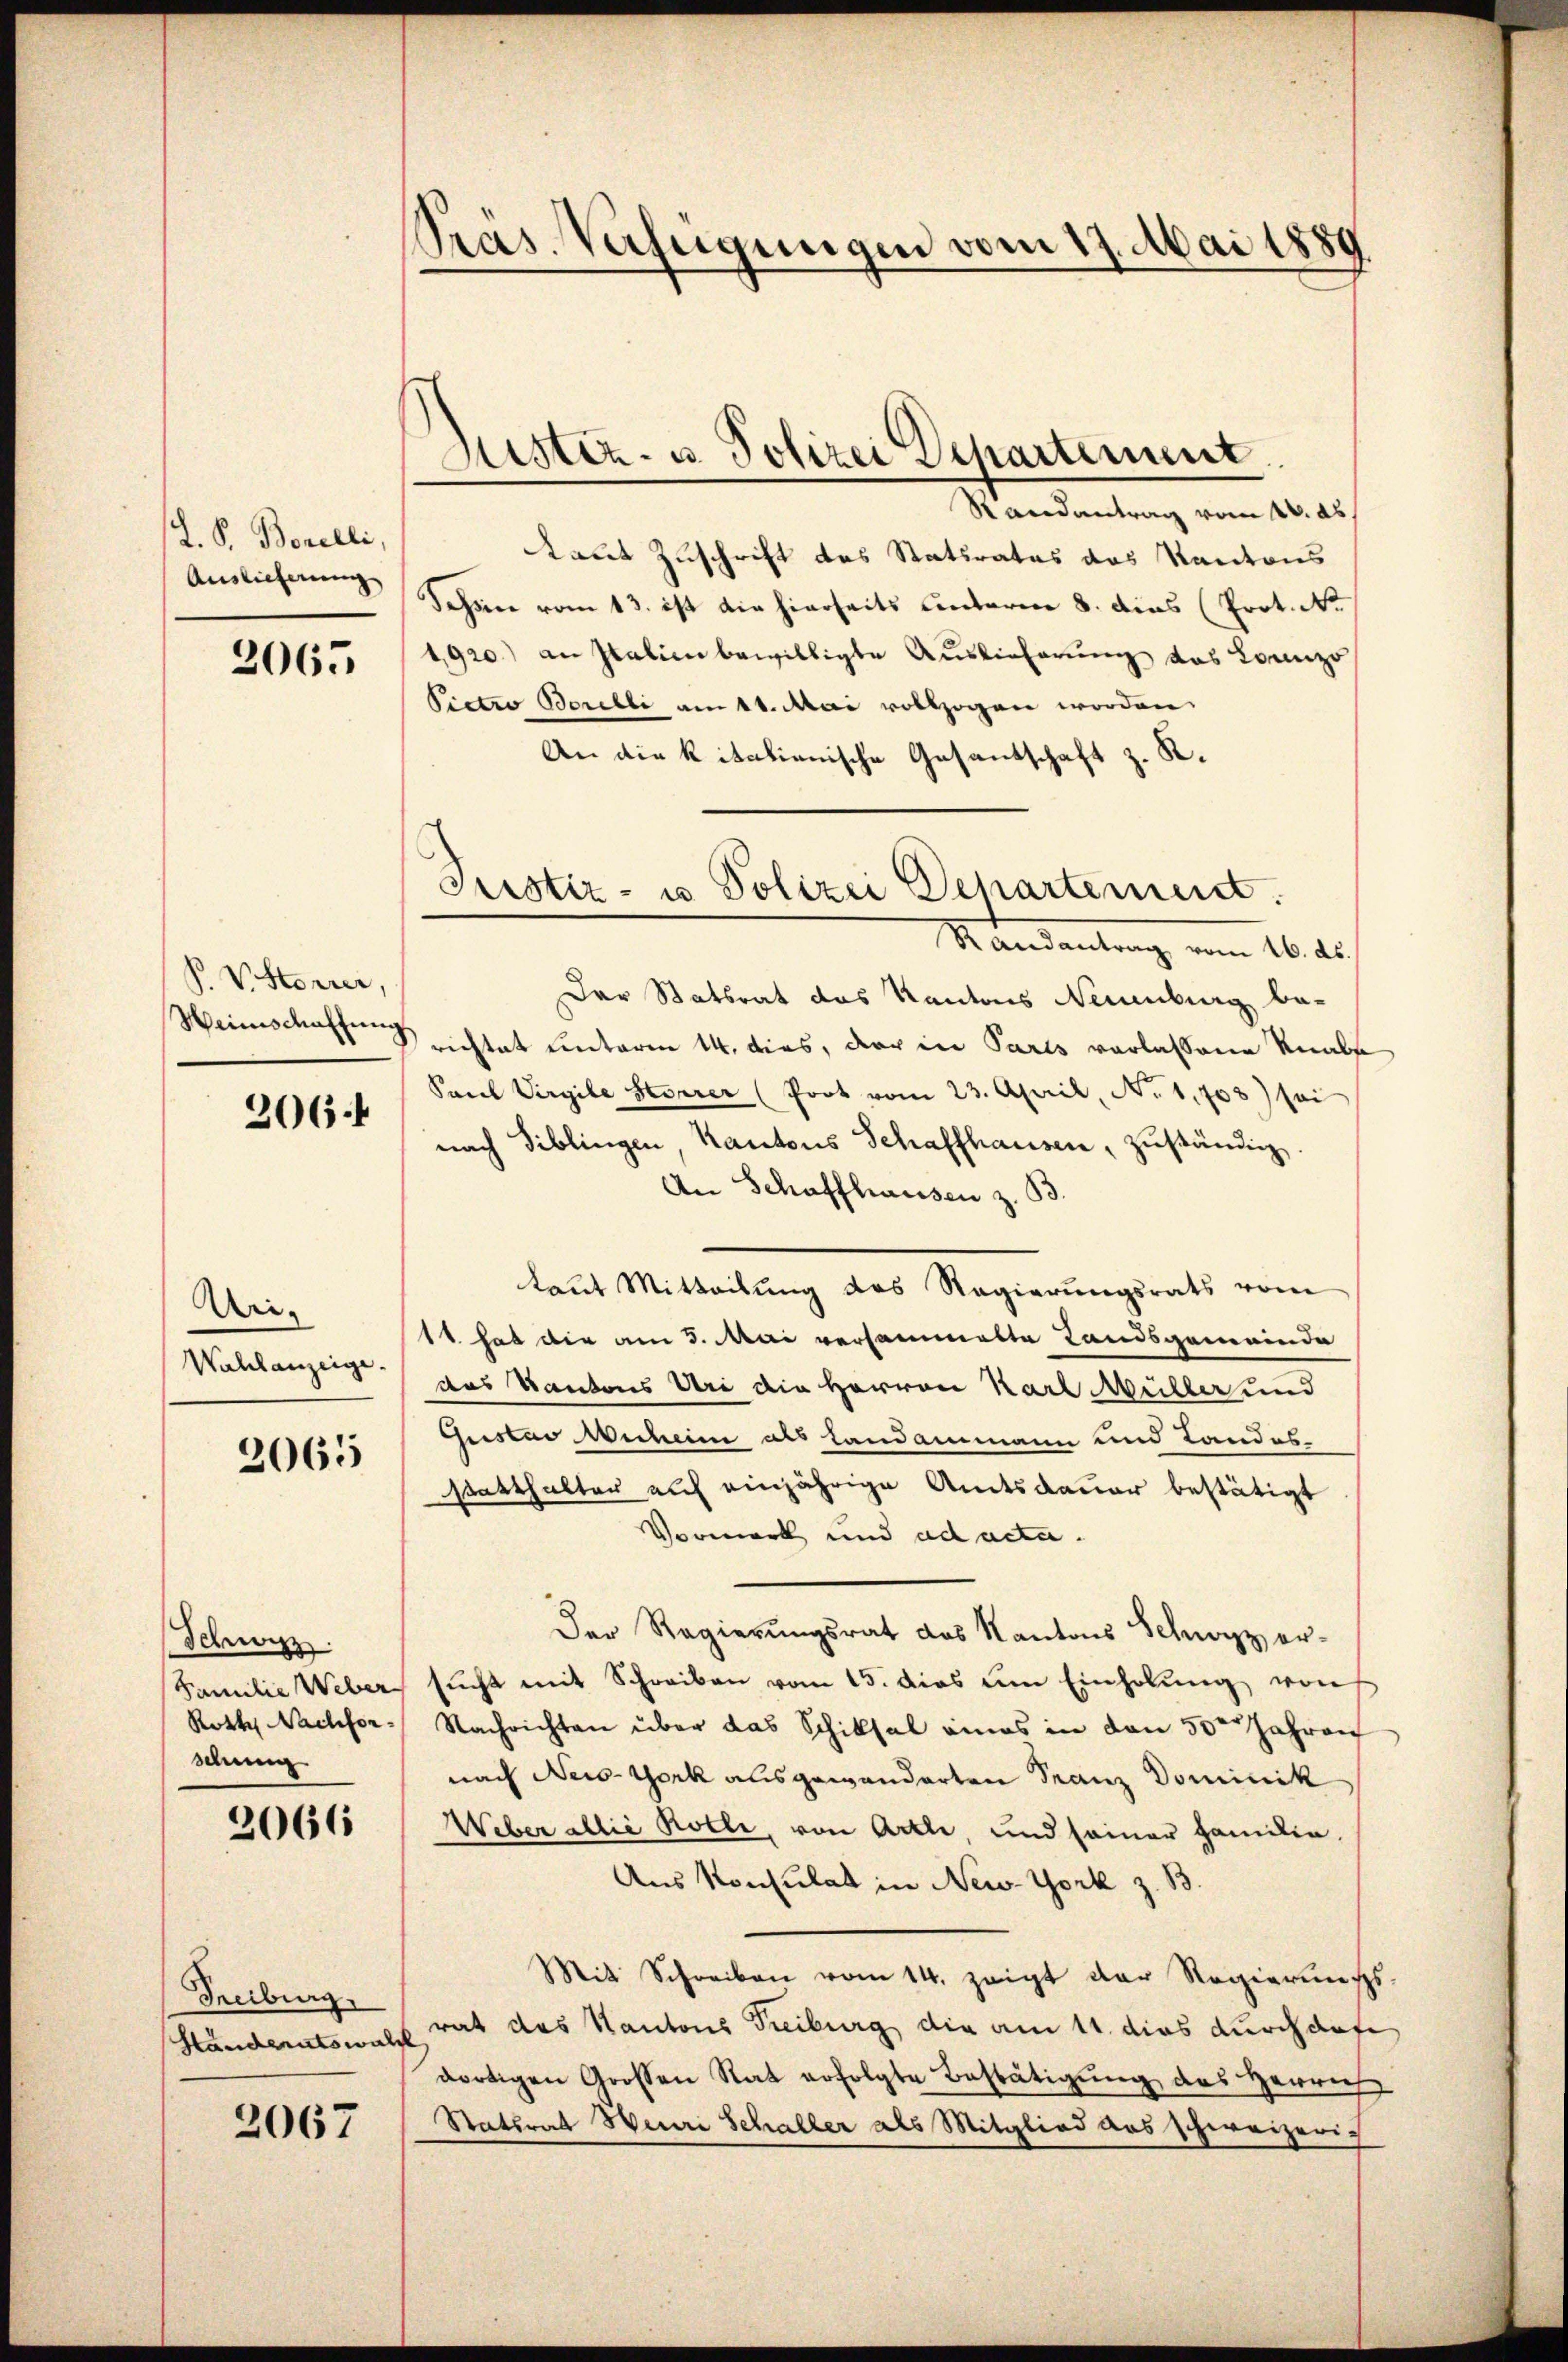
L. P. Borelli,
Auslieferung

2065

P. VHtorrer,
Weinschaffung

206

Uri- |
Wahlanzeige.

2065

Schwyz
Familie Weber
Roth Nachforschung

2066

Treiburg
Ständeratswald

2067

Präs. Verfeigungen vom 17. Mai 1889

Justiz- u. Polizei Departement.

Randantrag vom 16. ds.
Laut Zuschrift des Statirates das Kantons
Sohin vom 13. ist die hierseits unterm 8. dies (Prot. No
1920.) an Italien bewilligte Auslieferung das Lorenzo
Pietro Borelli am 11. Mai vollzogen worden.
An die kitationische Gesandschaft z. R.

Pristiz- u Polizei Departement

Randantrag vom 16. ds.
Der Statsrat das Kantons Neuenburg berichtet unterm 14. dies, der in Paris vorlassene Knalse
Sorel Virgile Storrer (Prot vom 23. April, No 1,703) sei
nach Biblingen, Kantons Schaffhausen, zuständig.
An Schaffhausen z. B.
taut Mitteilung des Regierungsrats vom
1t hat die am 3. Mai versammelte Landsgemeinde
das Kantons Uri die Herren Karl Müller und
chister Weiben als Landammann und Landesstatthalter auf einjährige Amtsdauer bestätigt
Vormerk und ad acta.
Der Regierungsrat das Kantons Schwyz er-
sŭcht mit Schreiben vom 15. dies um Einholŭng von
Nachrichten über das Schiksal eines in den 5ten Jahren
nach New-York ausgewanderten Franz Dominik
Weber allie Kolle, von Arzte, und seiner Familie.
Aus Konsulat in New-York z. B.
Mit Schreiben vom 14. zeigt der Regierungs
rat das Kantons Treiburg die am 11. dies durchaufe
dortigen Grossen Rat erfolgte Bestätigung des Herrn
Stattrat Henri Schaller als Mitglied aus schweizerich